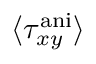
\langle \tau _ { x y } ^ { \mathrm { a n i } } \rangle